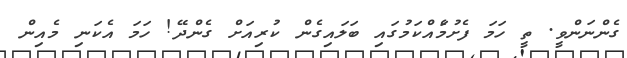
ގެންނަންވީ. ތީ ހަމަ ފެށުމަެއްކަމުގައި ބަލައިގެން ކުރިއަށް ގެންދޭ! ހަމަ އެކަނި މެއިން